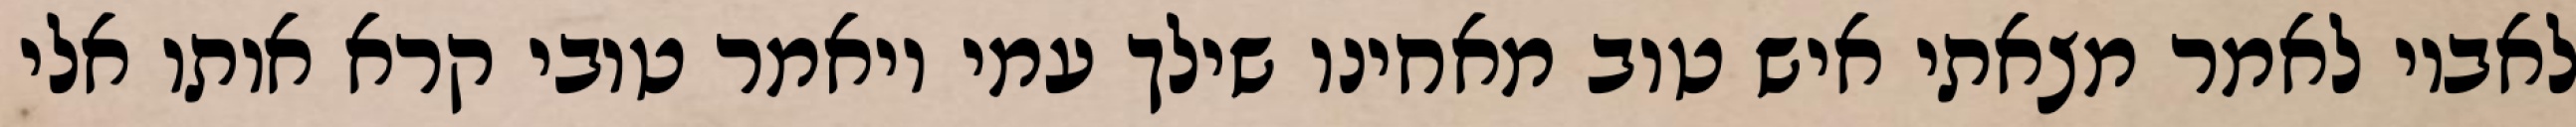
לאביו לאמר מצאתי איש טוב מאחינו שילך עמי ויאמר טובי קרא אותו אלי